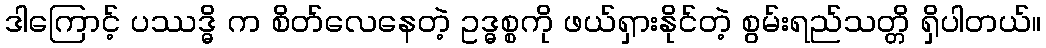
ဒါကြောင့် ပဿဒ္ဓိ က စိတ်လေနေတဲ့ ဥဒ္ဓစ္စကို ဖယ်ရှားနိုင်တဲ့ စွမ်းရည်သတ္တိ ရှိပါတယ်။